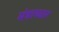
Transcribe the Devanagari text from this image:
मंत्राच्चार